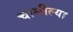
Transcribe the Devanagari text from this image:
चालील्या